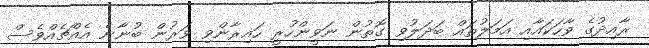
ރާއިދުގެ ވާހަކައާއި އަމަލުތައް ބަދަލުވި ގޮތުން ނަވީންހުރީ ހައިރާންވި ވަރުން ބުނާނެ އެއްޗެއްވެސް